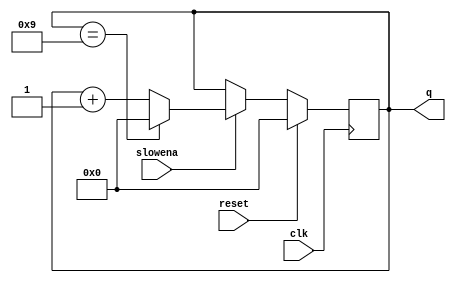
module top_module (
    input clk,
    input slowena,
    input reset,
    output reg [3:0] q);

    always @(posedge clk) begin
        if (reset)
            q <= 4'b0000;
        else if (slowena) begin
            if (q == 4'b1001) // When counter is 9
                q <= 4'b0000;
            else
                q <= q + 1;
        end
    end

endmodule